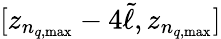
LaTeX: [z_{n_{q,\mathrm{max}}}-4\tilde{\ell},z_{n_{q,\mathrm{max}}}]